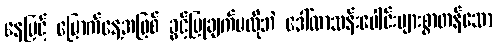
နေမြင့် မြောက်နေ့အဖြစ် ခွင့်ပြုချက်မလိုဘဲ ဒေါ်လာသန်းပေါင်းများစွာတန်သော